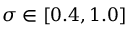
\sigma \in [ 0 . 4 , 1 . 0 ]